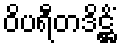
ဝိပရီတဒိဋ္ဌိံ